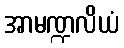
အာမဏ္ဍလိယံ